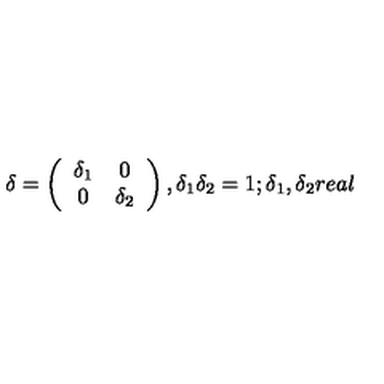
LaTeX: \delta = \left( \begin{array} { c c } { \delta _ { 1 } } & { 0 } \\ { 0 } & { \delta _ { 2 } } \\ \end{array} \right) , \delta _ { 1 } \delta _ { 2 } = 1 ; \delta _ { 1 } , \delta _ { 2 } r e a l